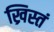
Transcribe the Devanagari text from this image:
ख्रिस्तं